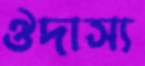
ঔদাস্য